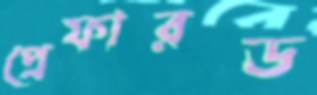
প্রেফারড